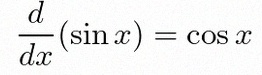
\frac{d}{dx}(\sin x)=\cos x